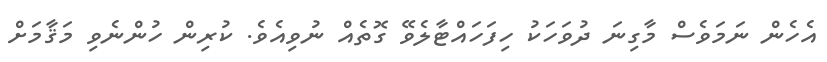
އެހެން ނަމަވެސް މާގިނަ ދުވަހަކު ހިފަހައްޓާލެވޭ ގޮތެއް ނުވިއެވެ. ކުރިން ހުންނެވި މަޤާމަށް